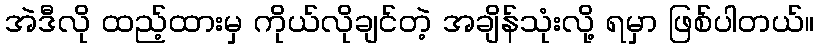
အဲဒီလို ထည့်ထားမှ ကိုယ်လိုချင်တဲ့ အချိန်သုံးလို့ ရမှာ ဖြစ်ပါတယ်။